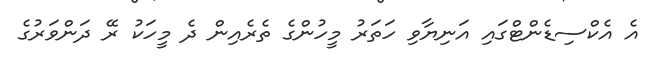
އެ އެކްސިޑެންޓްގައި އަނިޔާވި ހަތަރު މީހުންގެ ތެރެއިން ދެ މީހަކު ރޭ ދަންވަރުގެ